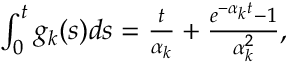
\begin{array} { r } { \int _ { 0 } ^ { t } g _ { k } ( s ) d s = \frac { t } { \alpha _ { k } } + \frac { e ^ { - \alpha _ { k } t } - 1 } { \alpha _ { k } ^ { 2 } } , } \end{array}